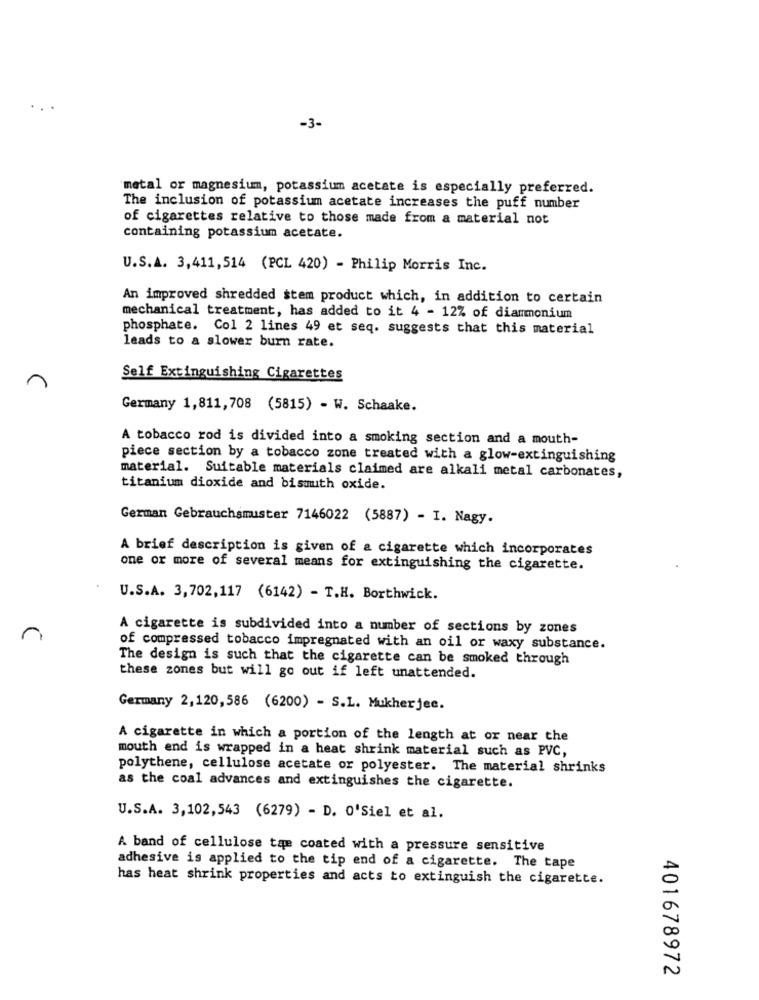
-3-
metal or magnesium, potassium acetate is especially preferred.
The inclusion of potassium acetate increases the puff number
of cigarettes relative to those made from a material not
containing potassium acetate.
U.S.A. 3,411,514 (PCL 420) - Philip Morris Inc.
An improved shredded stem product which, in addition to certain
mechanical treatment, has added to it 4 - 12% of diammonium
phosphate. Col 2 lines 49 et seq. suggests that this material
leads to a slower burn rate.
Self Extinguishing Cigarettes
Germany 1,811,708 (5815) - W. Schaake.
A tobacco rod is divided into a smoking section and a mouth-
piece section by a tobacco zone treated with a glow-extinguishing
material. Suitable materials claimed are alkali metal carbonates,
titanium dioxide and bismuth oxide.
German Gebrauchsmuster 7146022 (5887) - I. Nagy.
A brief description is given of a cigarette which incorporates
one or more of several means for extinguishing the cigarette.
U.S.A. 3,702,117 (6142) - T.H. Borthwick.
A cigarette is subdivided into a number of sections by zones
of compressed tobacco impregnated with an oil or waxy substance.
The design is such that the cigarette can be smoked through
these zones but will go out if left unattended.
Germany 2,120,586 (6200) - S.L. Mukherjee.
A cigarette in which a portion of the length at or near the
mouth end is wrapped in a heat shrink material such as PVC,
polythene, cellulose acetate or polyester. The material shrinks
as the coal advances and extinguishes the cigarette.
U.S.A. 3,102,543 (6279) - D. 0'Siel et al.
A band of cellulose tas coated with a pressure sensitive
adhesive is applied to the tip end of a cigarette. The tape
has heat shrink properties and acts to extinguish the cigarette.
401678972